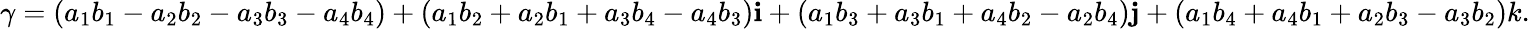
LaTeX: \gamma=(a_{1}b_{1}-a_{2}b_{2}-a_{3}b_{3}-a_{4}b_{4})+(a_{1}b_{2}+a_{2}b_{1}+a_{3}b_{4}-a_{4}b_{3})\mathbf{i}+(a_{1}b_{3}+a_{3}b_{1}+a_{4}b_{2}-a_{2}b_{4})\mathbf{j}+(a_{1}b_{4}+a_{4}b_{1}+a_{2}b_{3}-a_{3}b_{2})k.